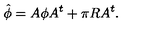
\hat { \phi } = A \phi A ^ { t } + \pi R A ^ { t } .